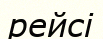
рейсі